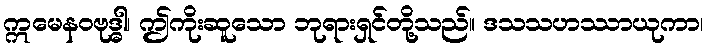
ဣမေနဝဗုဒ္ဓါ၊ ဤကိုးဆူသော ဘုရားရှင်တို့သည်။ ဒသသဟဿာယုကာ၊